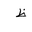
Letter: _za